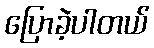
ပြောခဲ့ပါတယ်